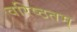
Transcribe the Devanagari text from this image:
वरिष्ठतम्